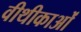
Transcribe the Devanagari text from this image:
वीथीकाओं